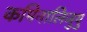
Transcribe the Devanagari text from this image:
कमिनालिजुयु